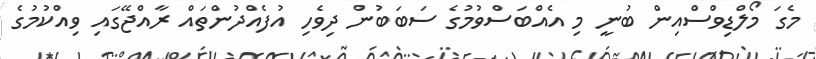
މެގަ މޯލްޑިވްސްއިން ބުނީ މި އެއްބަސްވުމުގެ ސަބަބުން ދިވެހި އުފެއްދުންތައް ރާއްޖޭގައި ވިއްކުމުގެ